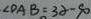
\angle D A B = 3 \alpha - 9 0